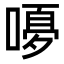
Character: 𭉿